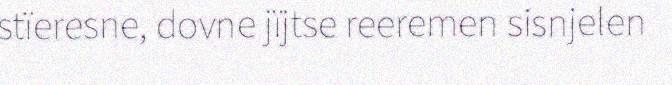
stïeresne, dovne jïjtse reeremen sisnjelen